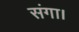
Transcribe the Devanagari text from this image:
संगा।